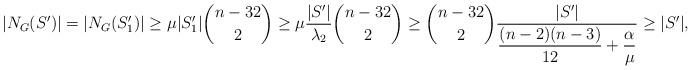
LaTeX: \begin{align*}{ |N_G(S')|=|N_G{(S_{1}')}| \geq \mu |S_{1}'| \binom{n-32}{2}\geq \mu \dfrac{|S'|}{\lambda_2} \binom{n-32}{2} }\geq \binom{n-32}{2}\dfrac{|S'|}{\dfrac{(n-2)(n-3)}{12}+\dfrac{\alpha}{\mu}} \geq |S'|,\end{align*}